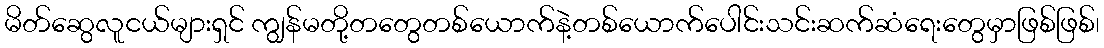
မိတ်ဆွေလူငယ်များရှင် ကျွန်မတို့တတွေတစ်ယောက်နဲ့တစ်ယောက်ပေါင်းသင်းဆက်ဆံရေးတွေမှာဖြစ်ဖြစ်၊